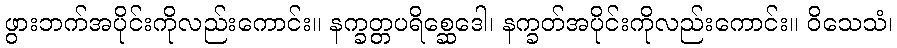
ဖွားဘက်အပိုင်းကိုလည်းကောင်း။ နက္ခတ္တပရိစ္ဆေဒေါ၊ နက္ခတ်အပိုင်းကိုလည်းကောင်း။ ဝိသေသံ၊